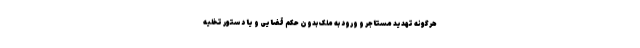
هرگونه تهدید مستاجر و ورود به ملک بدون حکم قضایی و یا دستور تخلیه